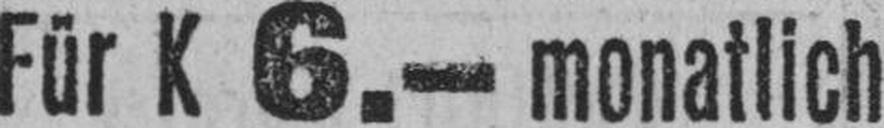
Für K 6.— monatlich